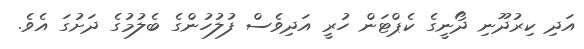
އަދި ކިރުދޫނި ދޯނީގެ ކެޕްޓަން ހުރީ އަދިވެސް ފުލުހުންގެ ބެލުމުގެ ދަށުގަ އެވެ.